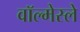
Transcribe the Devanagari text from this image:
वॉल्मेस्ले